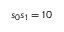
s _ { 0 } s _ { 1 } = 1 0